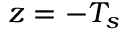
z = - T _ { s }